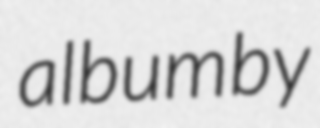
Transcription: album by